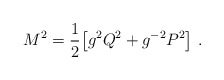
\begin{align*}M^2 = {1\over2} \big[ g^2 Q^2 + g^{-2} P^2\big]\ .\end{align*}